Report on the working of the Ranchi Indian Mental Hospital, Kanke, in Bihar and Orissa - 1930-1940
Year: 1930
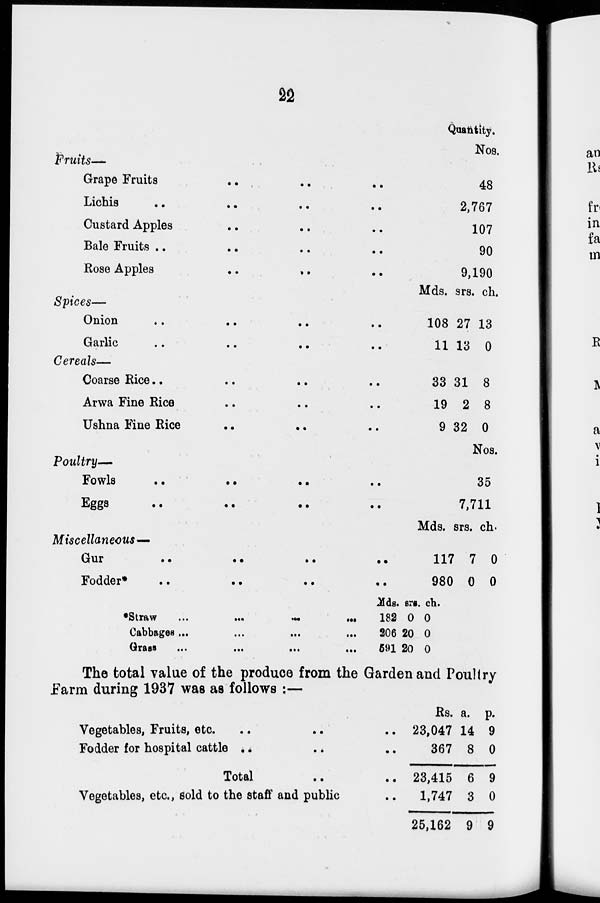
22
Fruits—
Grape Fruits .. .. ..
Lichis .. .. .. ..
Custard Apples .. .. ..
Bale Fruits .. .. ..
Rose Apples
..
.. ..
Spices—
Onion .. .. .. ..
Garlic
.. ..
.. ..
Cereals—
Coarse Rice ..
..
.. ..
Arwa Fine Rice .. .. ..
Ushna Fine Rice .. .. ..
Poultry—
Fowls
..
..
..
..
Eggs
..
..
..
..
Miscellaneous—
Gur
..
..
..
..
Fodder*
..
..
..
..
Quantity.
Nos.
48
2,767
107
90
9,190
Mds. srs. ch.
108
11
27
13
13
0
33
19
9
31
2
32
8
8
0
Nos.
35
7,711
Mds. srs. ch.
117
980
7
0
0
0
*Straw ... ... ... ...
Cabbages
... ... ... ...
Grass
...
...
...
...
Mds.
182
206
591
srs.
0
20
20
ch.
0
0
0
The total value of the produce from the Garden and Poultry
Farm during 1937 was as follows :—
Vegetables, Fruits, etc. .. .. ..
Fodder for hospital cattle .. .. ..
Total .. ..
Vegetables, etc., sold to the staff and public
Rs.
23,047
367
23,415
1,747
25,162
a.
14
8
6
3
9
p.
9
0
9
0
9